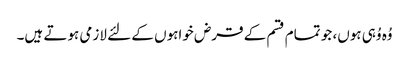
وُہ وُہی ہوں، جو تمام قسم کے قرض خواہوں کے لئے لازمی ہوتے ہیں۔